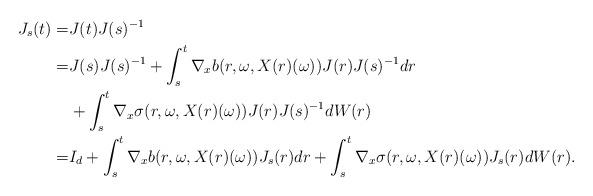
LaTeX: \begin{align*}J_s(t) =& J(t) J(s)^{-1} \\=& J(s)J(s)^{-1} + \int_s^t \nabla_x b(r, \omega, X(r)(\omega)) J(r)J(s)^{-1} dr \\&+ \int_s^t \nabla_x \sigma(r, \omega, X(r)(\omega)) J(r) J(s)^{-1} dW(r)\\=& I_d + \int_s^t \nabla_x b(r, \omega, X(r)(\omega)) J_s(r)dr + \int_s^t \nabla_x \sigma(r, \omega, X(r)(\omega)) J_s(r) dW(r).\end{align*}